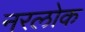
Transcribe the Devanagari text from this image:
नरलोक